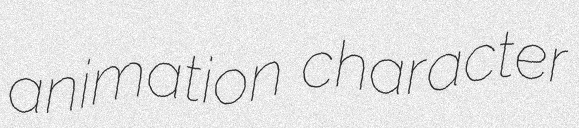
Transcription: animation character